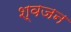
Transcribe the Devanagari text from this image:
श्वजन